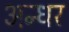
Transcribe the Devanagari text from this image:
अन्धर